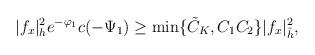
LaTeX: \begin{align*} |f_x|^2_h e^{-\varphi_1}c(-\Psi_1) \ge \min\{\tilde{C}_K,C_1C_2\}|f_x|^2_{\hat{h}}, \end{align*}